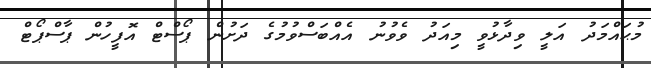
މުޙައްމަދު އަލީ ވިދާޅުވީ މިއަދު ވެވުނު އެއްބަސްވުމުގެ ދަށުން ޕޯސްޓް އޮފީހުން ޕާސްޕޯޓް